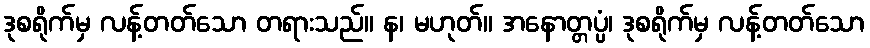
ဒုစရိုက်မှ လန့်တတ်သော တရားသည်။ န၊ မဟုတ်။ အနောတ္တပ္ပံ၊ ဒုစရိုက်မှ လန့်တတ်သော